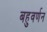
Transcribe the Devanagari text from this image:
बहुवर्णन